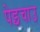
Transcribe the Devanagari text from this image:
पेइचाउ